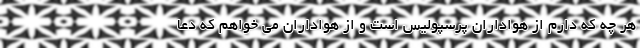
هر چه که دارم از هواداران پرسپولیس است و از هواداران می خواهم که دعا